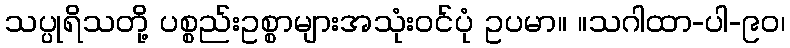
သပ္ပုရိသတို့ ပစ္စည်းဥစ္စာများအသုံးဝင်ပုံ ဥပမာ။ ။သဂါထာ-ပါ-၉၀၊